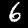
Label: 6